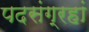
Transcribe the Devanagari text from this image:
पदसंग्रहां